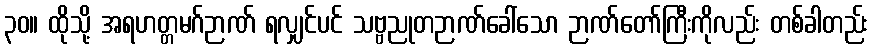
၃၀။ ထိုသို့ အရဟတ္တမဂ်ဉာဏ် ရလျှင်ပင် သဗ္ဗညုတဉာဏ်ခေါ်သော ဉာဏ်တော်ကြီးကိုလည်း တစ်ခါတည်း